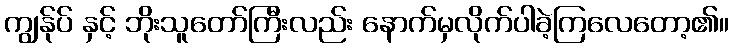
ကျွန်ုပ် နှင့် ဘိုးသူတော်ကြီးလည်း နောက်မှလိုက်ပါခဲ့ကြလေတော့၏။